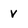
Character: v